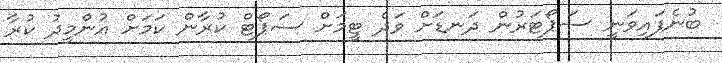
ބުނެފައިވަނީ ސަޕޯޓަރުން ދަނޑަށް ވަދެ ޓީމަށް ސަޕޯޓް ކުރާން ކަމަށް އުންމީދު ކުރާ